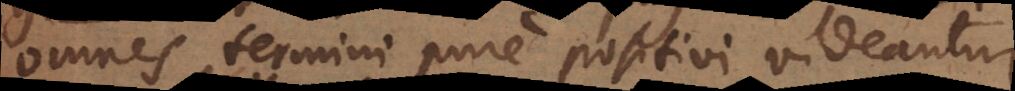
omnes termini pure positivi videantur